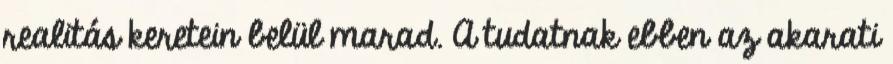
realitás keretein belül marad. A tudatnak ebben az akarati